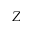
Z